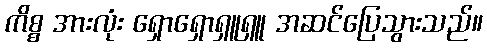
ကိစ္စ အားလုံး ရှောရှောရှူရှူ အဆင်ပြေသွားသည်။